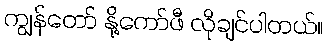
ကျွန်တော် နို့ကော်ဖီ လိုချင်ပါတယ်။